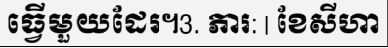
ធ្វើមួយដែរ។3. ភារ: | ខែសីហា